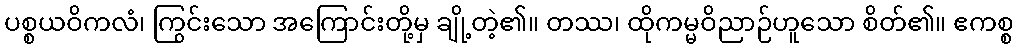
ပစ္စယဝိကလံ၊ ကြွင်းသော အကြောင်းတို့မှ ချို့တဲ့၏။ တဿ၊ ထိုကမ္မဝိညာဉ်ဟူသော စိတ်၏။ ဧကစ္စ